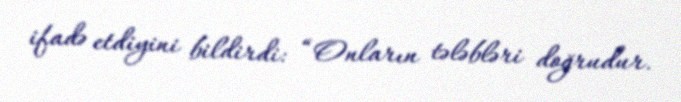
ifadə etdiyini bildirdi: “Onların tələbləri doğrudur.